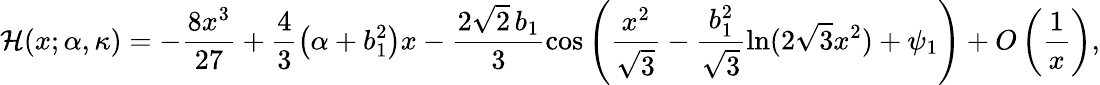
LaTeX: \mathcal{H}(x;\alpha,\kappa)=-\frac{8x^{3}}{27}+\frac{4}{3}\left(\alpha+b_{1}^{2}\right)x-\frac{2\sqrt{2}\, b_{1}}{3}\cos\left(\frac{x^{2}}{\sqrt{3}}-\frac{b_{1}^{2}}{\sqrt{3}}\ln(2\sqrt{3}x^{2})+\psi_{1}\right)+O\left(\frac{1}{x}\right),